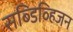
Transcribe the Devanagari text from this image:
सब्डिव्हिजन